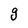
Character: g